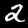
Label: 2